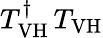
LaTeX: T_{\mathrm{VH}}^{\dagger}\, T_{\mathrm{VH}}